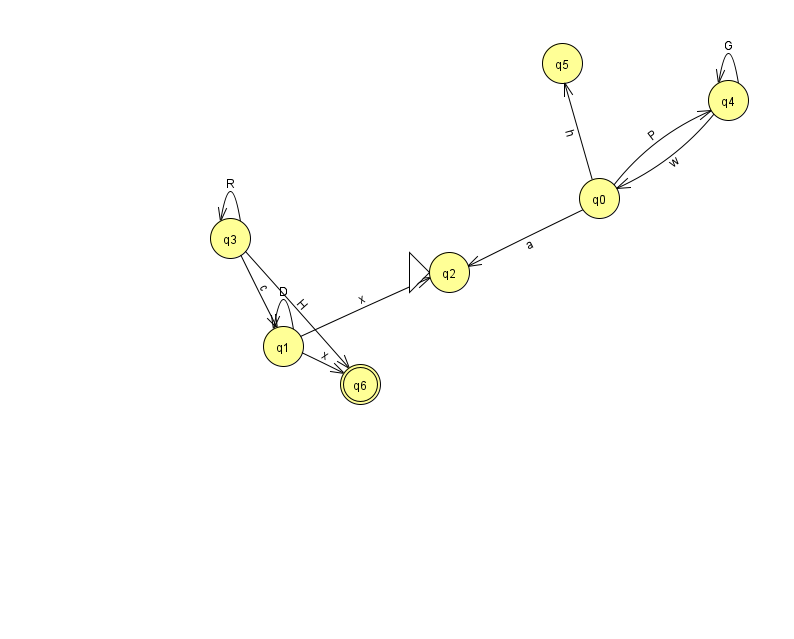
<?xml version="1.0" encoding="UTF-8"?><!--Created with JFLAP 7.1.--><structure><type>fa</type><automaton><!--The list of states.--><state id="0" name="q0"><x>599.0</x><y>185.0</y></state><state id="1" name="q1"><x>283.0</x><y>333.0</y></state><state id="2" name="q2"><x>449.0</x><y>259.0</y><initial/></state><state id="3" name="q3"><x>230.0</x><y>225.0</y></state><state id="4" name="q4"><x>728.0</x><y>87.0</y></state><state id="5" name="q5"><x>562.0</x><y>50.0</y></state><state id="6" name="q6"><x>360.0</x><y>371.0</y><final/></state><!--The list of transitions.--><transition><from>0</from><to>2</to><read>a</read></transition><transition><from>3</from><to>3</to><read>R</read></transition><transition><from>3</from><to>6</to><read>H</read></transition><transition><from>1</from><to>1</to><read>D</read></transition><transition><from>0</from><to>5</to><read>h</read></transition><transition><from>4</from><to>4</to><read>G</read></transition><transition><from>0</from><to>4</to><read>P</read></transition><transition><from>1</from><to>6</to><read>x</read></transition><transition><from>3</from><to>1</to><read>c</read></transition><transition><from>4</from><to>0</to><read>w</read></transition><transition><from>1</from><to>2</to><read>x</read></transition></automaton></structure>